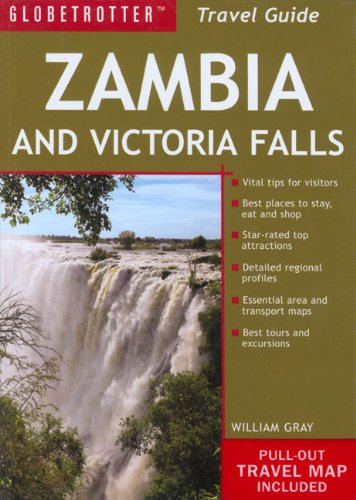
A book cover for Zambia Travel Pack (Globetrotter Travel: Zambia & Victoria Falls); William Gray; Travel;